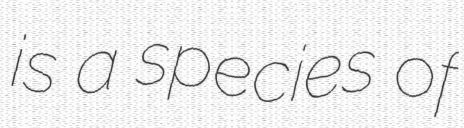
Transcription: is a species of